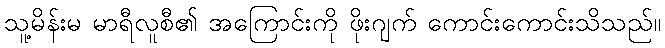
သူ့မိန်းမ မာရီလူစီ၏ အကြောင်းကို ဖိုးဂျက် ကောင်းကောင်းသိသည်။